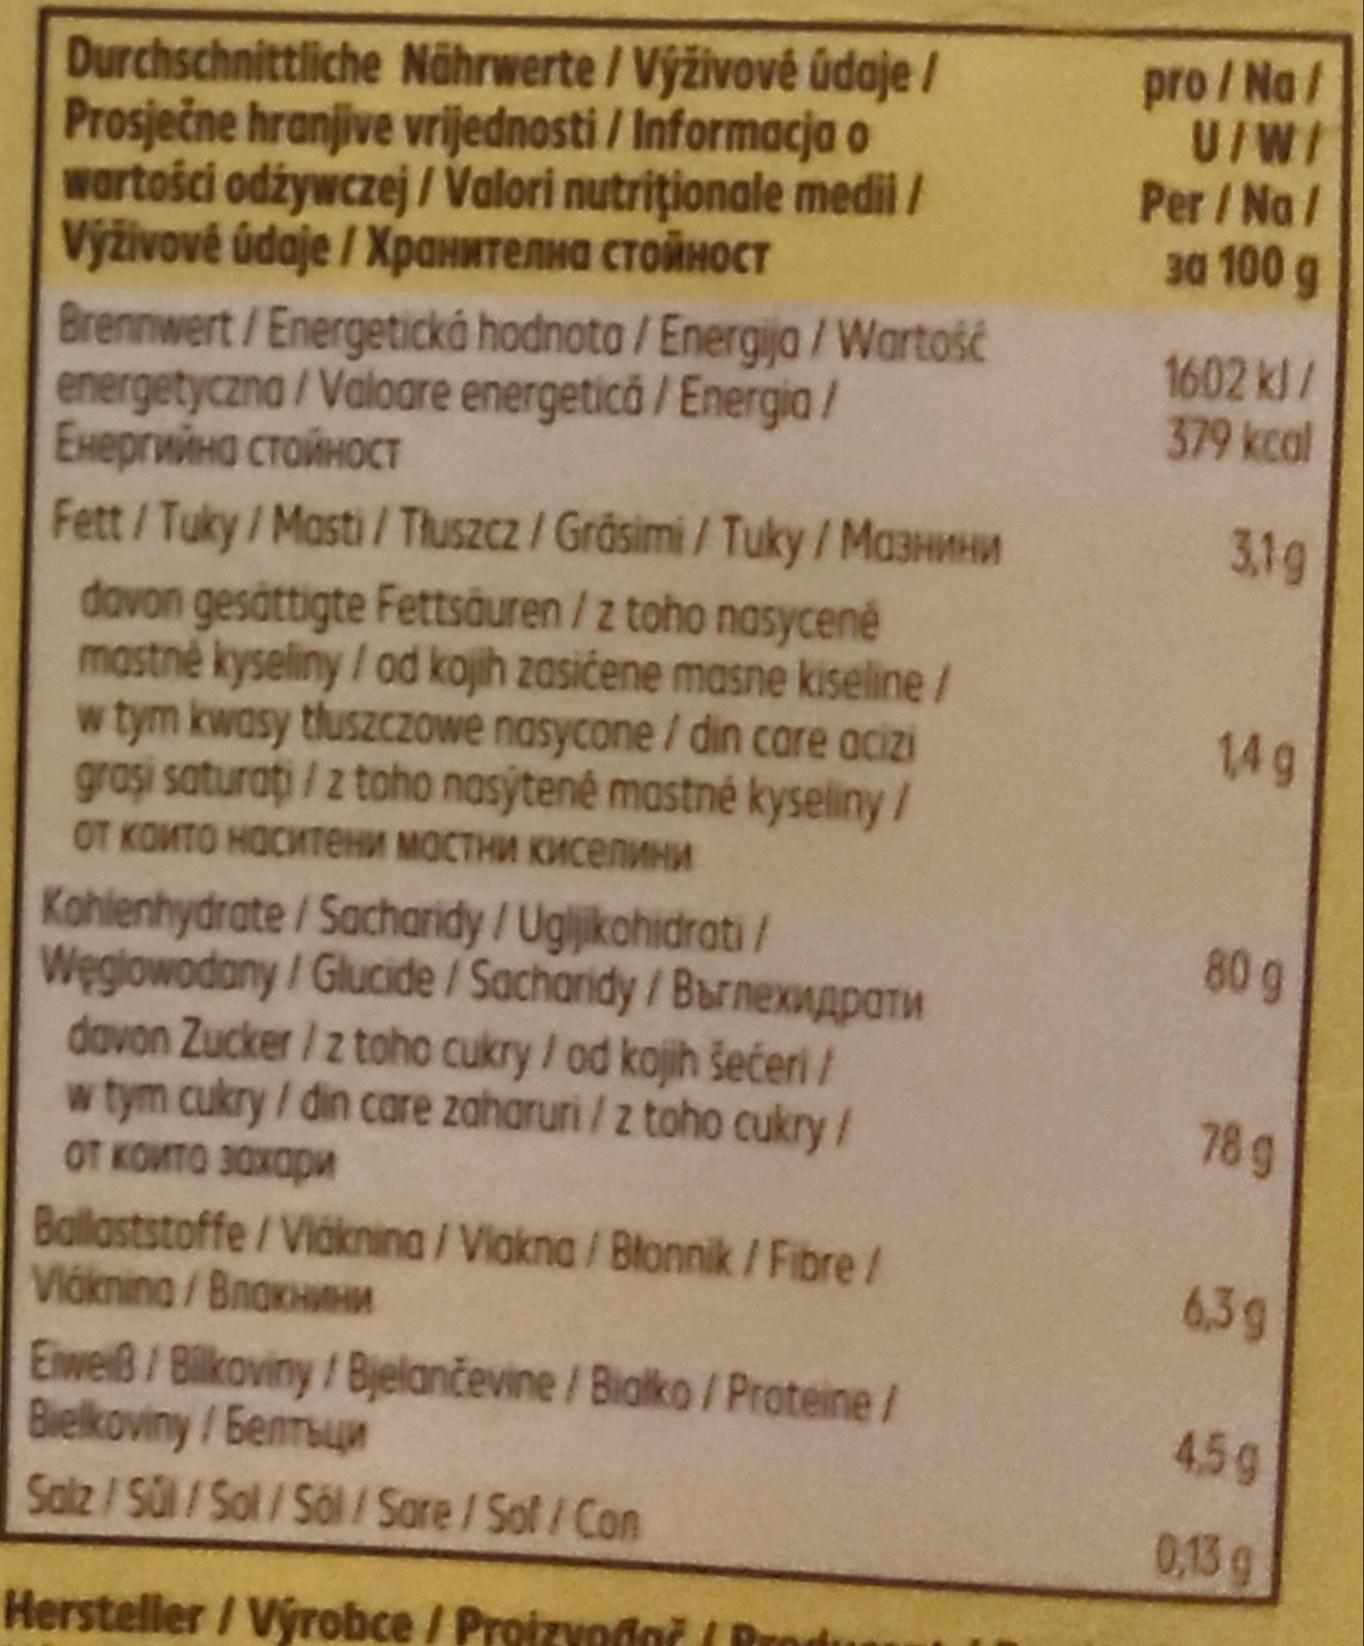
Durchschnittliche Nährwerte / Výživové údaje / Prosječne hranjive vrijednosti / Informacja o wartości odżywczej/Valori nutritionale medii/ Výživové ádaje / Хранителна стойност
Brennwert/Energetická hodnota/Energija / Wartość
energetyczna/Valoare energetică / Energia/ Енергийна стойност
Fett/Tuky/Masti /Tłuszcz/Gräsimi / Tuky / Mа3нини
davon gesättigte Fettsäuren / z toho nasycené mastné kyseliny / od kojih zasićene masne kiseline / w tym kwasy tłuszczowe nasycone / din care acizi graşi saturati/z toho nasýtené mastné kyseliny / от които наситени мастни киселини Kohlenhydrate/Sacharidy /Ugljikohidrati/ Węglowodany/Glucide / Sacharidy/Bornexw davon Zucker / z toho cukry / od kojih šećeri / w tym cukry / din care zaharuri/z toho cukry / от които захари
Ballaststoffe/Vláknina/Vlakna/Błonnik / Fibre / Vlokning / Вложнини
Eiweiß/Bilkoviny/Bjelančevine/Bialko / Proteine/
Bielkoviny/Bennbun
Salz/Sül/Sol/Söl/ Sore / Sof/ Con
Hersteller/Výrobce / Proizvodač (
pro/Na/ U/W/
Per/Na/ 3a 100 g
1602 kJ/
379 kcal
3,1g
14 g
80 g
78 g
6,3g
459
0,13 g